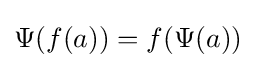
\Psi (f(a))=f(\Psi (a))